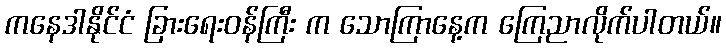
ကနေဒါနိုင်ငံ ခြားရေးဝန်ကြီး က သောကြာနေ့က ကြေညာလိုက်ပါတယ်။